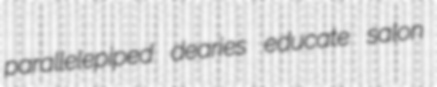
parallelepiped dearies educate salon